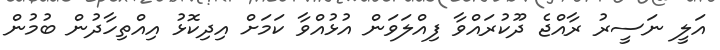
އަލީ ނަސީރު ރާއްޖެ ދޫކުރައްވާ ފިއްލަވަން އުޅުއްވާ ކަމަށް އިދިކޮޅު އިއްތިހާދުން ބުމުން